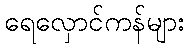
ရေလှောင်ကန်များ